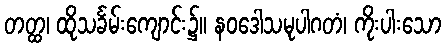
တတ္ထ၊ ထိုသင်္ခမ်းကျောင်း၌။ နဝဒေါသမုပါဂတံ၊ ကိုးပါးသော